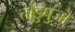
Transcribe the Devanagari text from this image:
तोडुपुजा